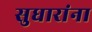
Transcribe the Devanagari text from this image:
सुधारांना